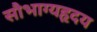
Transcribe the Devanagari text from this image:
सौभाग्यहृदय